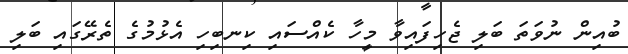
ބުއިން ނުވަތަ ބަލި ޖެހިފައިވާ މީހާ ކެއްސައި ކިނބިހި އެޅުމުގެ ތެރޭގައި ބަލި